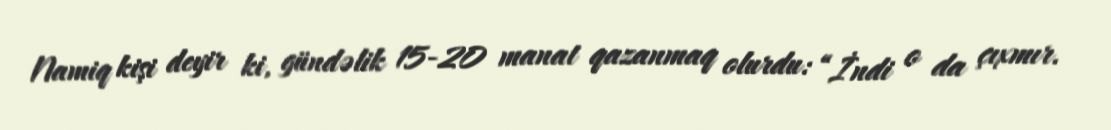
Namiq kişi deyir ki, gündəlik 15-20 manat qazanmaq olurdu: “İndi o da çıxmır.